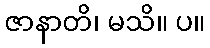
ဇာနာတိ၊ မသိ။ ပ။